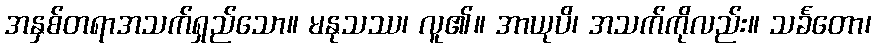
အနှစ်တရာအသက်ရှည်သော။ မနုသဿ၊ လူ၏။ အာယုပိ၊ အသက်ကိုလည်း။ သင်္ခတော၊